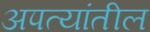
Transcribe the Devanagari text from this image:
अपत्यांतील